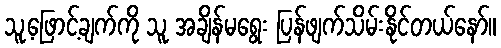
သူ့ဖြောင့်ချက်ကို သူ အချိန်မရွေး ပြန်ဖျက်သိမ်းနိုင်တယ်နော်။